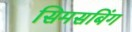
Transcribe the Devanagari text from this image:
सिमसबिंग